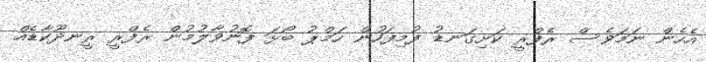
އެހެން ނަމަވެސް ރެފްރީ ކަށިގަނޑު ފުމިފަހުން ހަމްޕު ބޯޅަ ފޮނުވާލުމުން ރެފްރީ ރީނދޫކާޑެއް